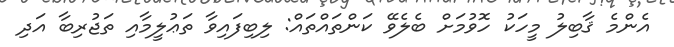
އެންމެ ޤާބިލު މީހަކު ހޮވުމަށް ބެލެވޭ ކަންތައްތައް: ލިބިފައިވާ ތަޢުލީމާއި ތަޖުރިބާ އަދި